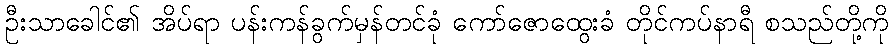
ဦးသာခေါင်၏ အိပ်ရာ ပန်းကန်ခွက်မှန်တင်ခုံ ကော်ဇောထွေးခံ တိုင်ကပ်နာရီ စသည်တို့ကို